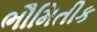
ભૌમિતીક